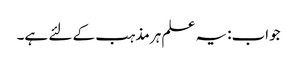
جواب:یہ علم ہر مذہب کے لئے ہے۔